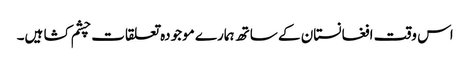
اس وقت افغانستان کے ساتھ ہمارے موجودہ تعلقات چشم کشا ہیں۔